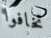
تخافوا